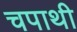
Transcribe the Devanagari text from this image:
चपाथी